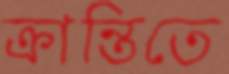
ক্রান্তিতে